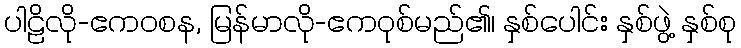
ပါဠိလို-ဧကဝစန, မြန်မာလို-ဧကဝုစ်မည်၏၊ နှစ်ပေါင်း နှစ်ဖွဲ့ နှစ်စု